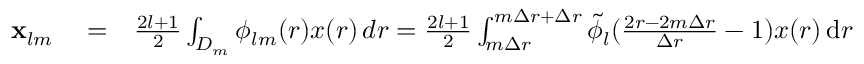
\begin{array} { r l r } { \mathbf { x } _ { l m } } & { { } = } & { \frac { 2 l + 1 } { 2 } \int _ { D _ { m } } \phi _ { l m } ( r ) x ( r ) \, d r = \frac { 2 l + 1 } { 2 } \int _ { m \Delta r } ^ { m \Delta r + \Delta r } \tilde { \phi } _ { l } ( \frac { 2 r - 2 m \Delta r } { \Delta r } - 1 ) x ( r ) \, \mathrm { d } r } \end{array}